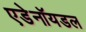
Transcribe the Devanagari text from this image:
एडेनॉयडल